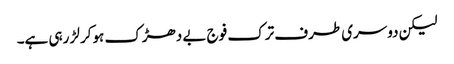
لیکن دوسری طرف ترک فوج بے دھڑک ہوکر لڑ رہی ہے۔